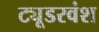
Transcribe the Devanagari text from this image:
ट्यूडरवंश